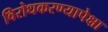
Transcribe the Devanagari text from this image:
विरोधकरण्यापेक्षा